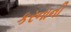
કરનાની